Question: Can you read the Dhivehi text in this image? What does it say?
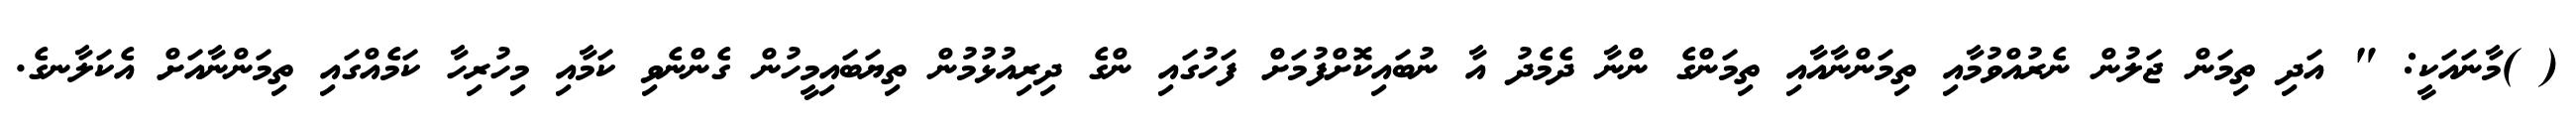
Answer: ( )މާނައަކީ: " އަދި ތިމަން ޖަލުން ނެރުއްވުމާއި ތިމަންނާއާއި ތިމަންގެ ންނާ ދެމެދު އާ ނުބައިކޮށްފުމަށް ފަހުގައި ންގެ ދިރިއުޅުމުން ތިޔަބައިމީހުން ގެންނެވި ކަމާއި މިހުރިހާ ކަމެއްގައި ތިމަންނާއަށް އެކަލާނގެ.